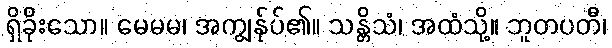
ရှိခိုးသော။ မေမမ၊ အကျွန်ုပ်၏။ သန္တိသံ၊ အထံသို့။ ဘူတပတီ၊